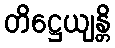
တိဋ္ဌေယျန္တိ